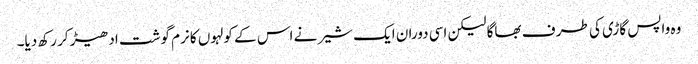
وہ واپس گاڑی کی طر ف بھاگا لیکن اسی دوران ایک شیر نے اس کے کولہوں کا نرم گوشت ادھیڑ کر رکھ دیا۔